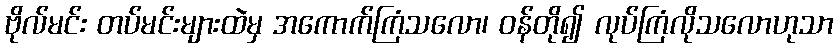
ဗိုလ်မင်း တပ်မင်းများထဲမှ အကောက်ကြံသလော၊ ဝန်တို၍ လုပ်ကြံလိုသလောဟုသာ